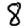
Digit: 8